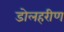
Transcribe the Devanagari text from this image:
डोलहरीण